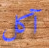
آكل